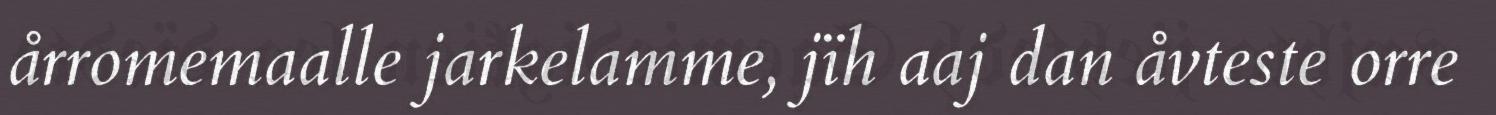
årromemaalle jarkelamme, jïh aaj dan åvteste orre